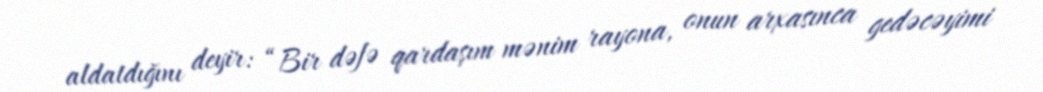
aldatdığını deyir: “Bir dəfə qardaşım mənim rayona, onun arxasınca gedəcəyimi